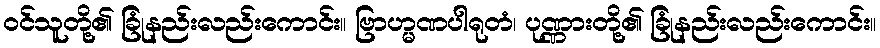
ဝင်သူတို့၏ ခြုံနည်းလည်းကောင်း။ ဗြာဟ္မဏပါရုတံ၊ ပုဏ္ဏားတို့၏ ခြုံနည်းလည်းကောင်း။